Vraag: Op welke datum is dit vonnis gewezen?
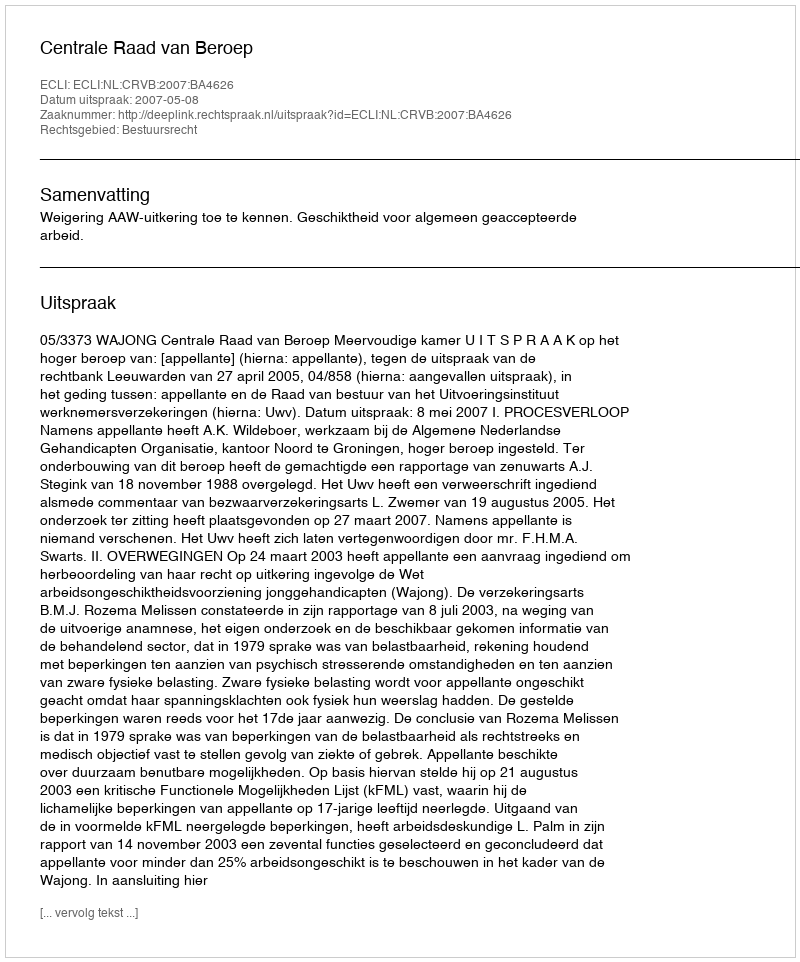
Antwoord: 2007-05-08